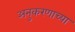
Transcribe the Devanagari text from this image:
अनुकरणाच्या